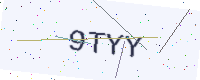
Text: 9TYY